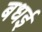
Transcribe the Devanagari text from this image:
बधई